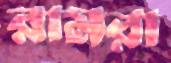
রামরা